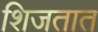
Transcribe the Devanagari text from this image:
शिजतात